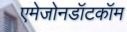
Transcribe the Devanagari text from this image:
एमेजोनडॉटकॉम